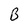
Character: B